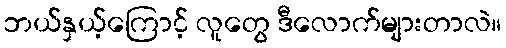
ဘယ်နှယ့်ကြောင့် လူတွေ ဒီလောက်များတာလဲ။